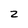
Character: 2